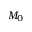
M _ { 0 }